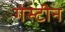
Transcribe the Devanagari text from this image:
गेस्टीन